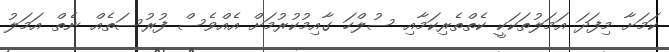
ކަމަށާ މިފަދަ އަމަލުތަކަކީ ކެތްތެރިކަމާއި ސުލްހަ ގާއިމުކުރުމަށް އެއްވެސް ފުރުސަތެއް ނެތް އަމަލު